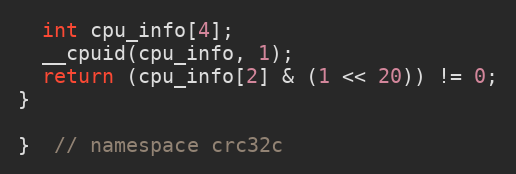
Language: C
  int cpu_info[4];
  __cpuid(cpu_info, 1);
  return (cpu_info[2] & (1 << 20)) != 0;
}

}  // namespace crc32c